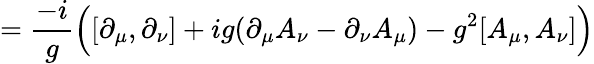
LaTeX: ={\frac{-i}{g}}{\Big(}[\partial_{\mu},\partial_{\nu}]+ig(\partial_{\mu}A_{\nu}-\partial_{\nu}A_{\mu})-g^{2}[A_{\mu},A_{\nu}]{\Big)}